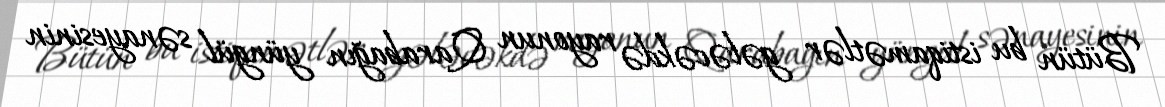
Bütün bu istiqamətlər gələcəkdə rayonun Qarabağın yüngül sənayesinin